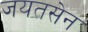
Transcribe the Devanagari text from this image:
जयतसेन